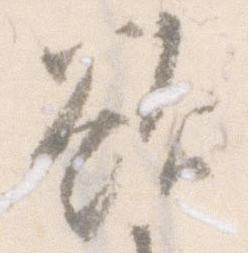
欲